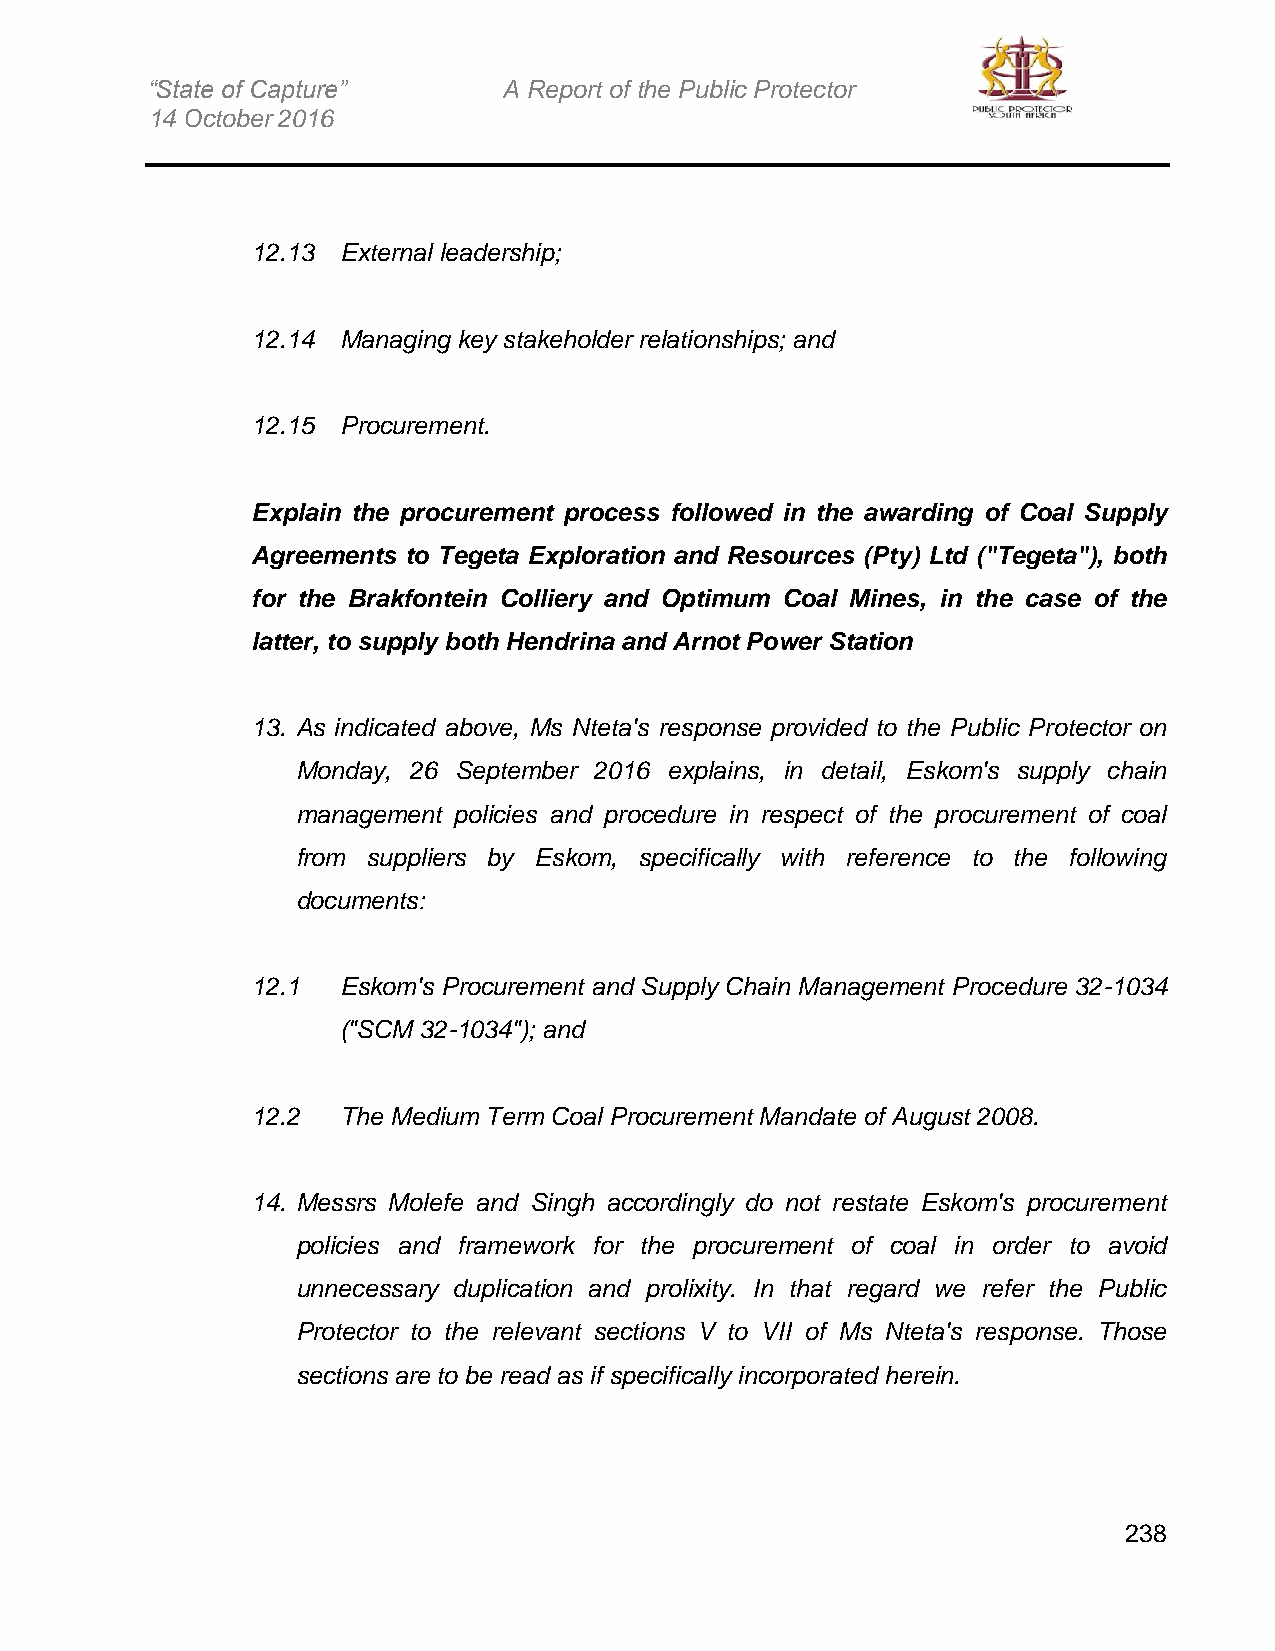
“State of Capture”     A Report of the Public Protector
 14 October 2016
 12.13 External leadership;
 12.14 Managing key stakeholder relationships; and
 12.15 Procurement.
 Explain the procurement process followed in the awarding of Coal Supply
 Agreements to Tegeta Exploration and Resources (Pty) Ltd ("Tegeta"), both
 for the Brakfontein Colliery and Optimum Coal Mines, in the case of the
 latter, to supply both Hendrina and Arnot Power Station
 13. As indicated above, Ms Nteta's response provided to the Public Protector on
 Monday, 26 September 2016 explains, in detail, Eskom's supply chain
 management policies and procedure in respect of the procurement of coal
 from suppliers by Eskom, specifically with reference to the following
 documents:
 12.1 Eskom's Procurement and Supply Chain Management Procedure 32-1034
 ("SCM 32-1034"); and
 12.2 The Medium Term Coal Procurement Mandate of August 2008.
 14. Messrs Molefe and Singh accordingly do not restate Eskom's procurement
 policies and framework for the procurement of coal in order to avoid
 unnecessary duplication and prolixity. In that regard we refer the Public
 Protector to the relevant sections V to VII of Ms Nteta's response. Those
 sections are to be read as if specifically incorporated herein.
 238